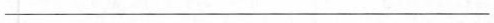
___